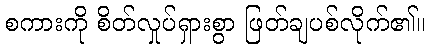
စကားကို စိတ်လှုပ်ရှားစွာ ဖြတ်ချပစ်လိုက်၏။